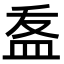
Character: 𭽽